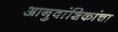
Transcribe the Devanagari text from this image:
आनुवांशिकांचा